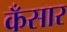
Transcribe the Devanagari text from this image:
कँसार